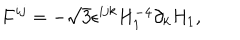
F ^ { i j } = - \sqrt { 3 } \epsilon ^ { i j k } H _ { 1 } ^ { - 4 } \partial _ { k } H _ { 1 } ,